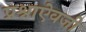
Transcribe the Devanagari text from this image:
प्रश्नाऐवजी